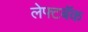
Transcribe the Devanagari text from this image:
लेफ्टबॅक